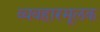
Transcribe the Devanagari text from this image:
व्यवहारमूलक